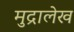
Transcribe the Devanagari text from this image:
मुद्रालेख